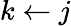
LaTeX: k\gets j